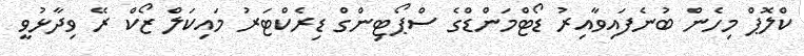
ކްލޮޕް މިހެން ބުނެފައިވާއިރު ޑޯޓްމަންޑްގެ ސްޕޯޓިންގް ޑިރެކްޓަރު މައިކަލް ޒޯކް ރޭ ވިދާޅުވީ